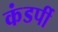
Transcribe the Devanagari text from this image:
कंडर्पी